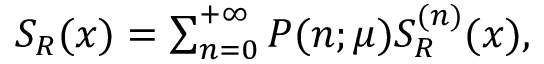
\begin{array} { r } { S _ { R } ( x ) = \sum _ { n = 0 } ^ { + \infty } P ( n ; \mu ) S _ { R } ^ { ( n ) } ( x ) , } \end{array}